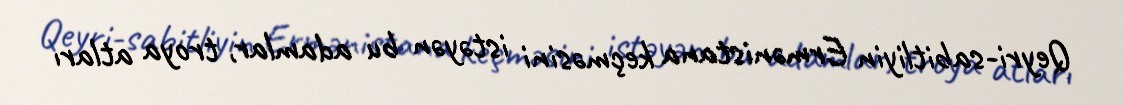
Qeyri-sabitliyin Ermənistana keçməsini istəyən bu adamlar, troya atları